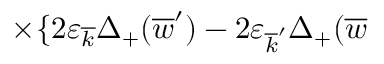
\times \{ 2 \varepsilon _ { \overline { { { k } } } } \Delta _ { + } ( \overline { { { w } } } ^ { \prime } ) - 2 \varepsilon _ { \overline { { { k } } } ^ { \prime } } \Delta _ { + } ( \overline { { { w } } }